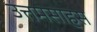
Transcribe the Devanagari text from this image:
उत्तमसाहस